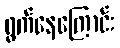
ရွက်နေကြောင်း